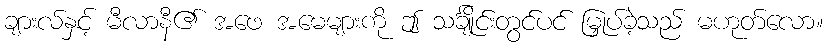
ချားလ်နှင့် မီလာနီ၏ အဖေ အမေများကို ဤ သင်္ချိုင်းတွင်ပင် မြှုပ်ခဲ့သည် မဟုတ်လော။